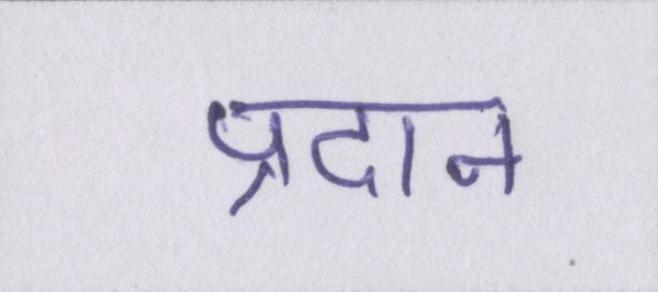
प्रदान